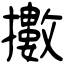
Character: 擻